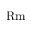
\mathrm { R m }